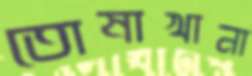
তোষাখানা